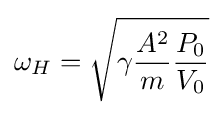
\omega _{H}={\sqrt {\gamma {\frac {A^{2}}{m}}{\frac {P_{0}}{V_{0}}}}}